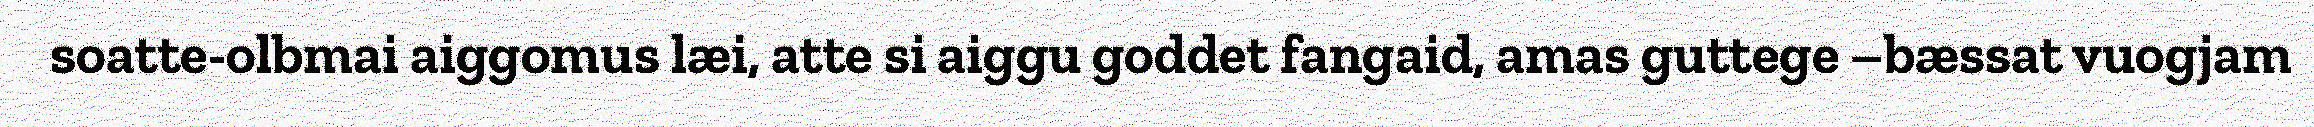
soatte-olbmai aiggomus læi, atte si aiggu goddet fangaid, amas guttege –bæssat vuogjam